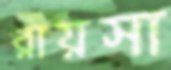
রায়সা